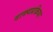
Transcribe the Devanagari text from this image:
वाक्यप्रक्रिया